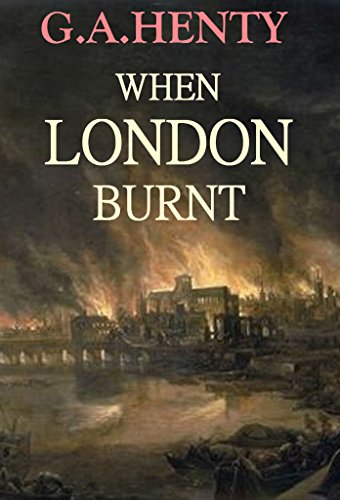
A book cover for When London Burnt (Annotated); G.A. Henty; Teen & Young Adult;